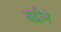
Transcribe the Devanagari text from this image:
बद्रीने